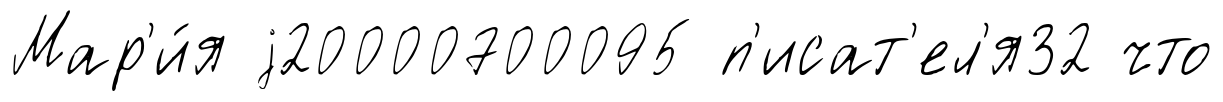
Мар'и́я j20000700095 п'исат'ел'я32 что